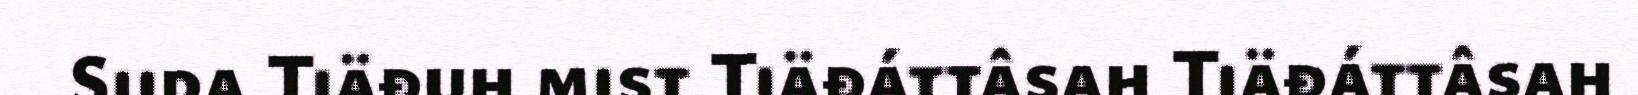
Siida Tiäđuh mist Tiäđáttâsah Tiäđáttâsah